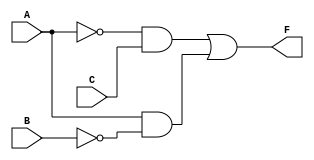
module EPI_Design (
    input wire A,       // Input variable A
    input wire B,       // Input variable B
    input wire C,       // Input variable C
    output wire F       // Output for the Boolean function
);

// Define the minterms for the function
// For example, let's say our function is defined by minterms 1, 2, 5, and 6
// Minterm 1: A'B'C
// Minterm 2: A'BC'
// Minterm 5: AB'C
// Minterm 6: ABC'

wire m1, m2, m5, m6;

// Minterm generation
assign m1 = ~A & ~B & C; // Minterm 1
assign m2 = ~A & B & C;  // Minterm 2
assign m5 = A & ~B & C;  // Minterm 5
assign m6 = A & B & ~C;  // Minterm 6

// Identify prime implicants
// For simplicity, we will assume the following prime implicants:
// PI1 = A'C (covers m1, m2)
// PI2 = AB' (covers m5, m6)
// PI3 = BC' (covers m2, m6)

// Prime implicant generation
wire PI1, PI2, PI3;

assign PI1 = ~A & C; // A'C
assign PI2 = A & ~B; // AB'
assign PI3 = B & ~C; // BC'

// Identify essential prime implicants
// An essential prime implicant covers a minterm that no other prime implicant covers
// For this example, let's assume PI1 is essential for m1 and m2, and PI2 is essential for m5

wire EPI1, EPI2;

assign EPI1 = PI1; // EPI1 covers m1 and m2
assign EPI2 = PI2; // EPI2 covers m5

// Final output logic combining essential prime implicants
assign F = EPI1 | EPI2; // Combine essential prime implicants

endmodule